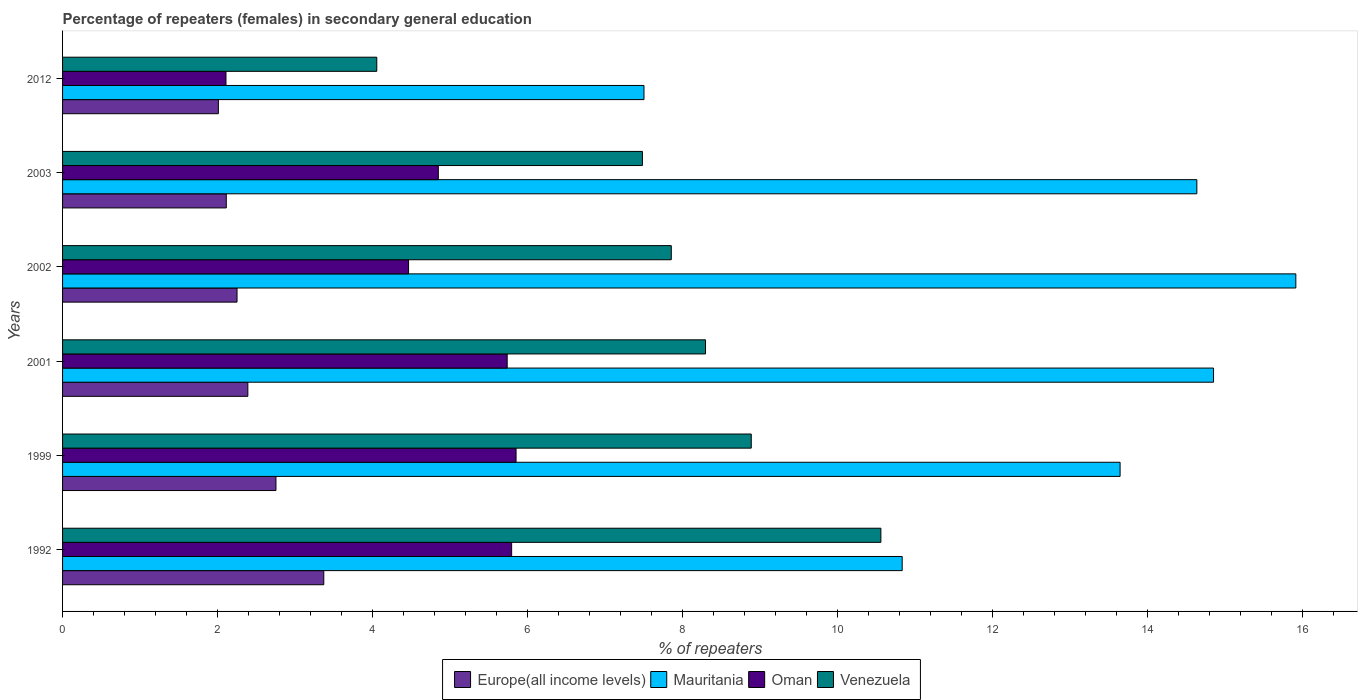
| Years | Europe(all income levels) | Mauritania | Oman | Venezuela |
 | --- | --- | --- | --- | --- |
 | 1992 | 3.37 | 10.8 | 5.79 | 10.6 |
 | 1999 | 2.75 | 13.6 | 5.85 | 8.89 |
 | 2001 | 2.39 | 14.9 | 5.74 | 8.3 |
 | 2002 | 2.25 | 15.9 | 4.46 | 7.85 |
 | 2003 | 2.11 | 14.6 | 4.85 | 7.48 |
 | 2012 | 2.01 | 7.5 | 2.11 | 4.05 |